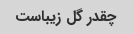
چقدر گل زیباست